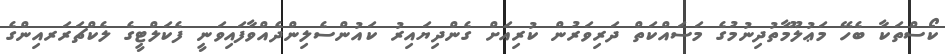
ކޯސްތަކާ ބެހޭ މަޢުލޫމާތުދިނުމުގެ މަސައްކަތް ދަރިވަރުން ކުރިއަށް ގެންދިޔައިރު ކައުންސެލިންދެއްވާފައިވަނީ ފެކަލްޓީގެ ލެކްޗަރަރއިންގެ